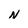
Character: N